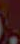
.